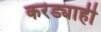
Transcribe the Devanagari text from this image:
करंड्याही